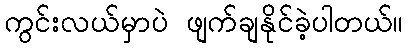
ကွင်းလယ်မှာပဲ ဖျက်ချနိုင်ခဲ့ပါတယ်။